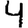
Digit: 4